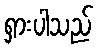
ရှားပါသည်